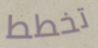
تخطط